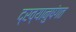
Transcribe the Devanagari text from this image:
द्रव्यानुषंगत